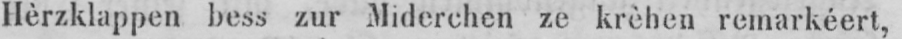
Hèrzklappen bess zur Miderchen ze krèhen remarkéert,